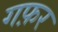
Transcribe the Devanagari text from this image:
गफ़र